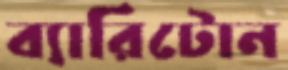
ব্যারিটোন